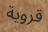
قروية